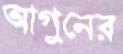
আগুনের